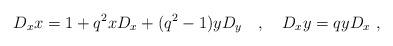
LaTeX: \begin{align*}D_x x=1+q^2 xD_x+(q^2-1) yD_y \quad ,\quad D_x y=qyD_x \ ,\end{align*}